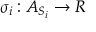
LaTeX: \sigma _ { i } : A _ { S _ { i } } \rightarrow R